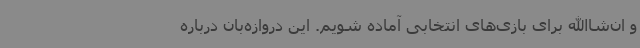
و ان‌شا‌الله برای بازی‌های انتخابی آماده شویم. این دروازه‌بان درباره